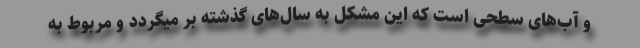
و آب‌های سطحی است که این مشکل به سال‌های گذشته بر میگردد و مربوط به